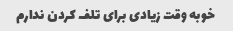
خوبه وقت زیادی برای تلف کردن ندارم